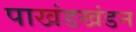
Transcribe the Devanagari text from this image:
पाखंडखंडन